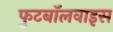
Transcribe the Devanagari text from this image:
फुटबॉलवाइस